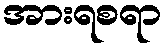
အားရစရာ